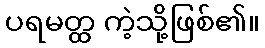
ပရမတ္ထ ကဲ့သို့ဖြစ်၏။